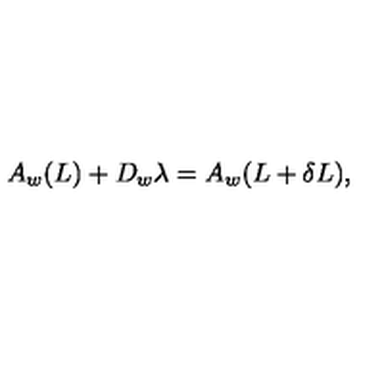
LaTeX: A _ { w } ( L ) + D _ { w } \lambda = A _ { w } ( L + \delta L ) ,